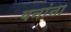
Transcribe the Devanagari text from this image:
वनांना